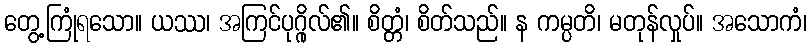
တွေ့ကြုံရသော။ ယဿ၊ အကြင်ပုဂ္ဂိုလ်၏။ စိတ္တံ၊ စိတ်သည်။ န ကမ္ပတိ၊ မတုန်လှုပ်။ အသောကံ၊